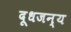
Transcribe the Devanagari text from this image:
दूधजन्य